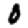
Digit: 0